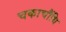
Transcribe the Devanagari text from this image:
चकाचौंधि